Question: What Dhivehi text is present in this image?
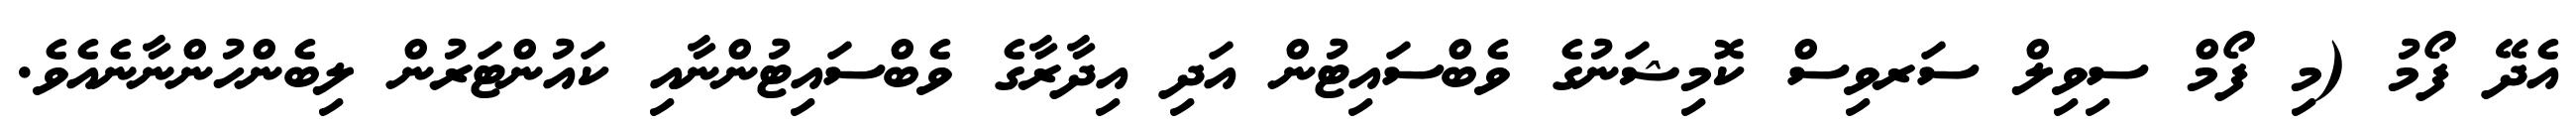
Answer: އެދޭ ފޯމު (މި ފޯމް ސިވިލް ސަރވިސް ކޮމިޝަނުގެ ވެބްސައިޓުން އަދި އިދާރާގެ ވެބްސައިޓުންނާއި ކައުންޓަރުން ލިބެންހުންނާނެއެވެ.